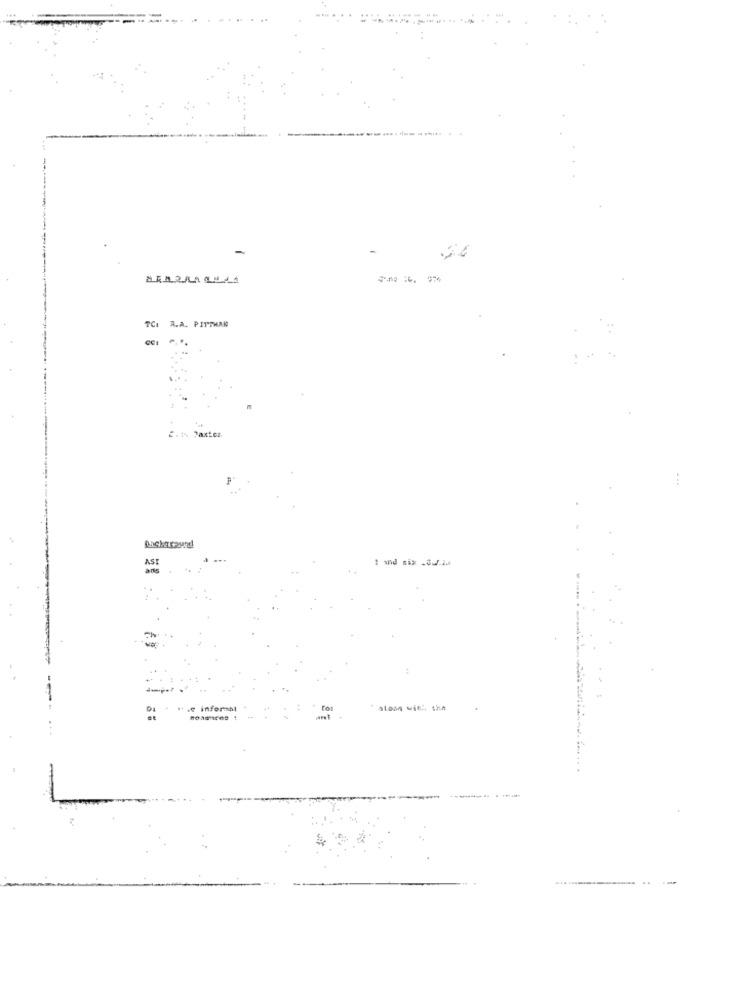
-
----
TCI A.A. PITTMAN
£. : Paxton.
Background
1 and six .C.J.if
ans
.2 informat
aloon wie" the
noamices !
...
---